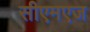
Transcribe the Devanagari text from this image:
सीएमएज